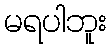
မရပါဘူး